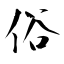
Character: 俗